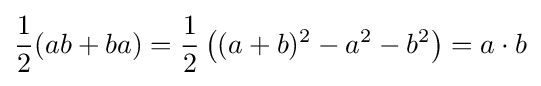
{\frac {1}{2}}(ab+ba)={\frac {1}{2}}\left((a+b)^{2}-a^{2}-b^{2}\right)=a\cdot b